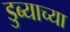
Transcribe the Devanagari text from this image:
डुब्याच्या